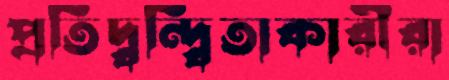
প্রতিদ্বন্দ্বিতাকারীরা